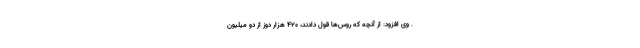
. وی افزود: از آنچه که روس‌ها قول دادند، ۴۲۰ هزار دوز از دو میلیون